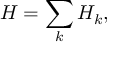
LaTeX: H = \sum _ { k } H _ { k } ,